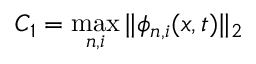
C _ { 1 } = \operatorname* { m a x } _ { n , i } \| \phi _ { n , i } ( \boldsymbol { x } , t ) \| _ { 2 }